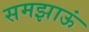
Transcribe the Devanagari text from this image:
समझाऊं